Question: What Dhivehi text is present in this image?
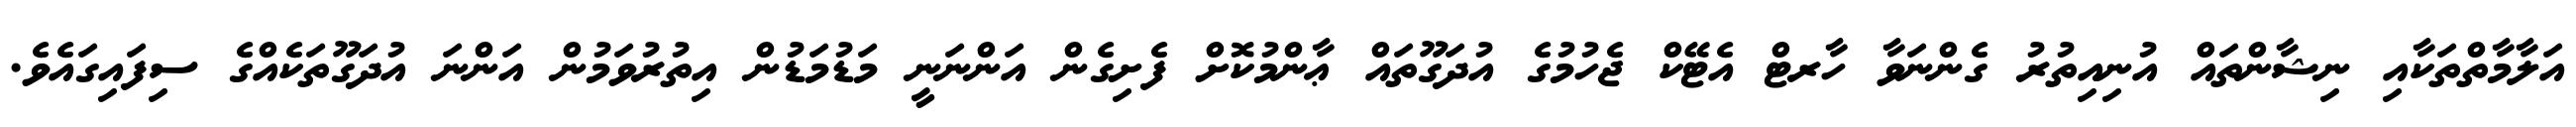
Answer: އަލާމާތްތަކާއި ނިޝާންތައް އުނިއިތުރު ގެންނަވާ ހާރޓް އެޓޭކް ޖެހުމުގެ އުދަގޫތައް ޢާންމުކޮށް ފެށިގެން އަންނަނީ މަޑުމަޑުން އިތުރުވަމުން އަންނަ އުދަގޫތަކެއްގެ ސިފައިގައެވެ.